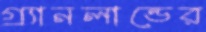
গ্র্যানলান্ডের